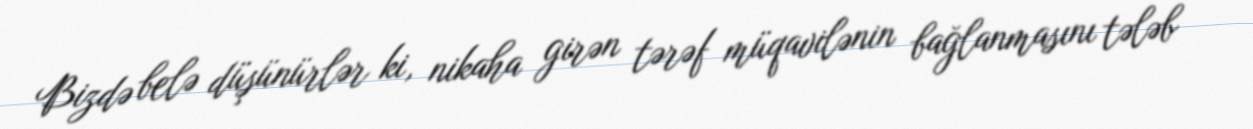
Bizdə belə düşünürlər ki, nikaha girən tərəf müqavilənin bağlanmasını tələb